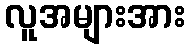
လူအများအား